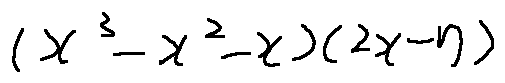
( x ^ { 3 } - x ^ { 2 } - x ) ( 2 x - 7 )